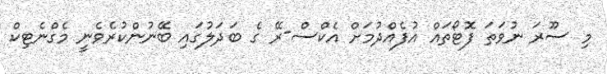
މި ސޫރަ ނުވަތަ ފޮޓޯތައް އުފެއްދުމަށް އެކްސް-ރޭ ގެ ބަދަލުގައި ބޭނުންކުރެވެނީ މެގްނެޓިކް